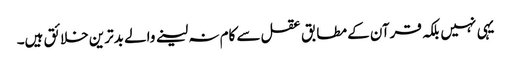
یہی نہیں بلکہ قرآن کے مطابق عقل سے کام نہ لینے والے بدترین خلائق ہیں۔